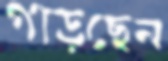
গাড়ছেন